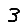
Digit: 3